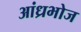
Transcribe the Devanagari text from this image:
आंध्रभोज